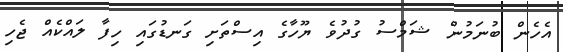
އެހެން ބުނަމުން ޝަމްސު ގުދުވެ ޔޫހާގެ އިސްތަށި ގަނޑުގައި ހިފާ ލައްކެއް ޖެހި